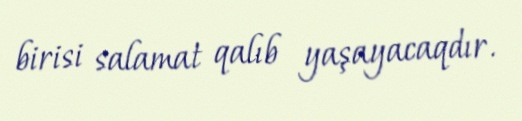
birisi salamat qalıb yaşayacaqdır.